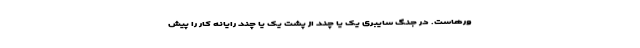
ورهاست. در جنگ سایبری یک یا چند از پشت یک یا چند رایانه کار را پیش